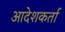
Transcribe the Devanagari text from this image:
आदेशकर्ता